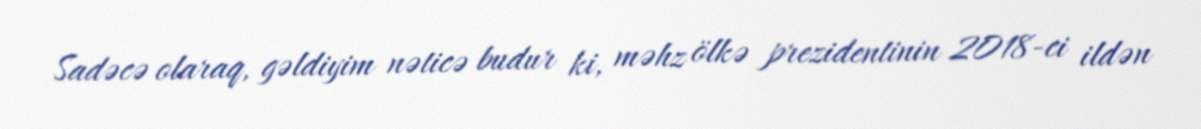
Sadəcə olaraq, gəldiyim nəticə budur ki, məhz ölkə prezidentinin 2018-ci ildən